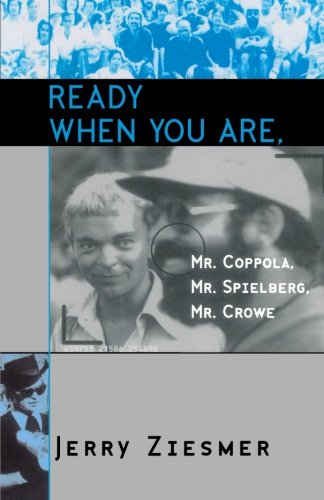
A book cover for Ready When You Are, Mr. Coppola, Mr. Spielberg, Mr. Crowe (The Scarecrow Filmmakers Series); Jerry Ziesmer; Biographies & Memoirs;